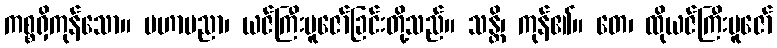
ကစ္စရှိကုန်သော။ မဟာပညာ၊ ယဇ်ကြီးပူဇော်ခြင်းတို့သည်။ သန္တိ၊ ကုန်၏။ တေ၊ ထိုယဇ်ကြီးပူဇော်